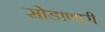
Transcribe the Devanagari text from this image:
सोडाणारी